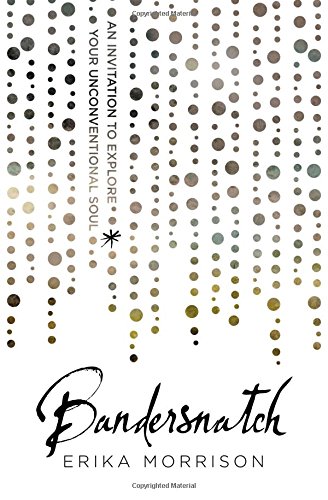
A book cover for Bandersnatch: An Invitation to Explore Your Unconventional Soul; Erika Morrison; Christian Books & Bibles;